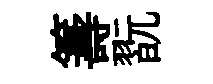
籌翫